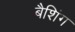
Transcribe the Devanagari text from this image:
बैशिंग